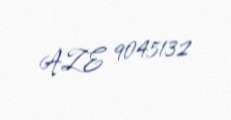
AZE 9045132